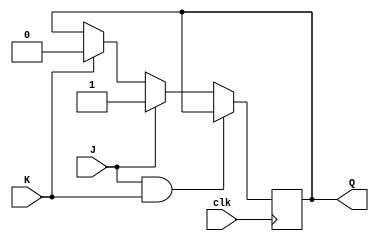
module jk_latch (
    input wire clk,
    input wire J,
    input wire K,
    output reg Q
);

reg D1, D2;

assign D1 = J & Q;
assign D2 = K & Q;

always @(posedge clk) begin
    if (J && K)
        Q <= Q;
    else if (J)
        Q <= 1'b1;
    else if (K)
        Q <= 1'b0;
end

endmodule